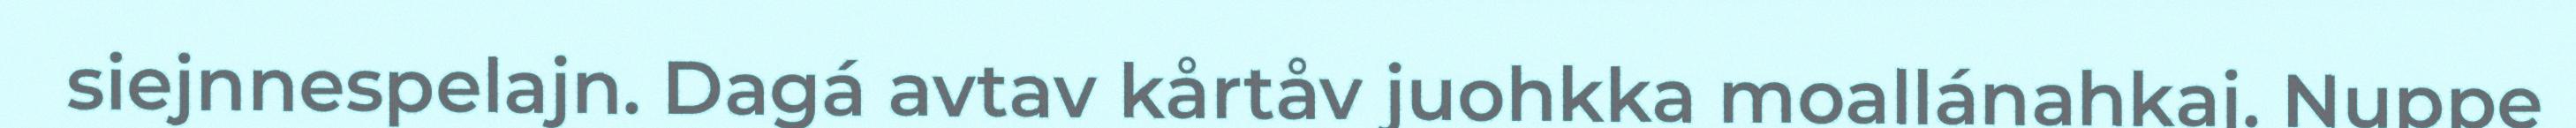
siejnnespelajn. Dagá avtav kårtåv juohkka moallánahkaj. Nuppe